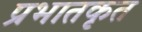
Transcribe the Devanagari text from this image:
प्रभातकृत